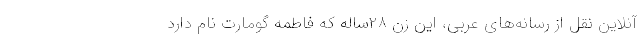
آنلاین نقل از رسانه‌های عربی، این زن ۲۸ساله که فاطمه گومارت نام دارد